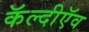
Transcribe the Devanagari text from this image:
कॅल्दीऍव